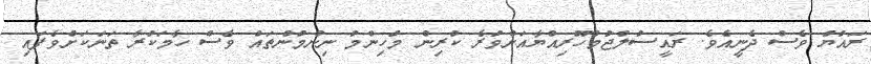
ރައުޔު ވެސް ދެނީއެވެ. ރައީސުލްޖުމްހޫރިއްޔާއަށްވުރެ ކުރިން މުހިންމު ނިންމުންތައް ވެސް ހާމަކުރާ ތަނަކަށްވެފައި